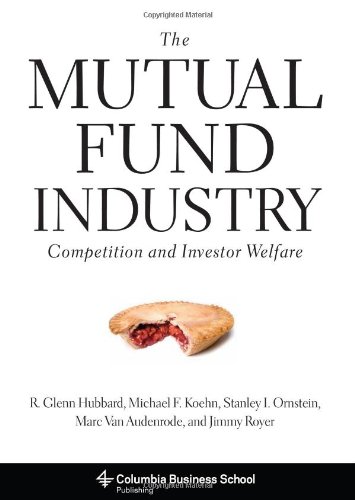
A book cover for The Mutual Fund Industry: Competition and Investor Welfare (Columbia Business School Publishing); R. Glenn Hubbard; Business & Money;